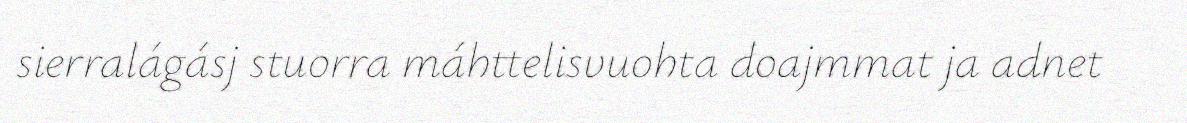
sierralágásj stuorra máhttelisvuohta doajmmat ja adnet